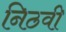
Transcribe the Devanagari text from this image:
निठवी